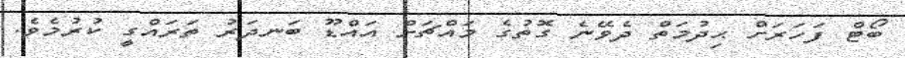
ބޯޓް ފަހަރަށް ޙިދުމަތް ދެވޭނެ ގޮތުގެ މައްޗަށް އައްޑޫ ބަނދަރު ތަރައްގީ ކުރުމެވެ.